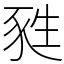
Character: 甤